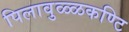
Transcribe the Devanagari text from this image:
पिलावुळ्ळकण्टि